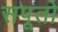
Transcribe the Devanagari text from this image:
सपूतो